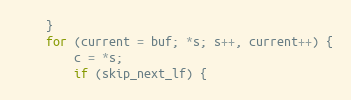
Language: C
    }
    for (current = buf; *s; s++, current++) {
        c = *s;
        if (skip_next_lf) {